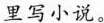
里写小说。